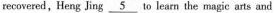
recovered,Heng Jing \underline{5} to learn the magic arts and